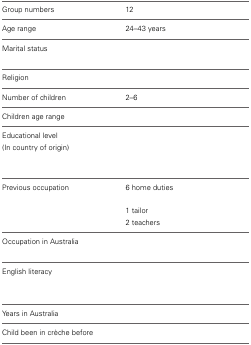
<table><thead><tr><td><b>Group numbers</b></td><td><b>12</b></td><td>[EMPTY_CELL]</td></tr></thead><tbody><tr><td>Age range</td><td>24–43 years</td><td>[EMPTY_CELL]</td></tr><tr><td>Marital status</td><td>[EMPTY_CELL]</td><td>[EMPTY_CELL]</td></tr><tr><td>Religion</td><td>[EMPTY_CELL]</td><td>[EMPTY_CELL]</td></tr><tr><td>Number of children</td><td>2–6</td><td>[EMPTY_CELL]</td></tr><tr><td>Children age range</td><td>[EMPTY_CELL]</td><td>[EMPTY_CELL]</td></tr><tr><td>Educational level</td><td>[EMPTY_CELL]</td><td>[EMPTY_CELL]</td></tr><tr><td>(In country of origin)</td><td>[EMPTY_CELL]</td><td>[EMPTY_CELL]</td></tr><tr><td>Previous occupation</td><td>6 home duties</td><td>[EMPTY_CELL]</td></tr><tr><td>[EMPTY_CELL]</td><td>[EMPTY_CELL]</td><td>[EMPTY_CELL]</td></tr><tr><td>[EMPTY_CELL]</td><td>1 tailor</td><td>[EMPTY_CELL]</td></tr><tr><td>[EMPTY_CELL]</td><td>2 teachers</td><td>[EMPTY_CELL]</td></tr><tr><td>Occupation in Australia</td><td>[EMPTY_CELL]</td><td>[EMPTY_CELL]</td></tr><tr><td>English literacy</td><td>[EMPTY_CELL]</td><td>[EMPTY_CELL]</td></tr><tr><td>[EMPTY_CELL]</td><td>[EMPTY_CELL]</td><td>[EMPTY_CELL]</td></tr><tr><td>[EMPTY_CELL]</td><td>[EMPTY_CELL]</td><td>[EMPTY_CELL]</td></tr><tr><td>Years in Australia</td><td>[EMPTY_CELL]</td><td>[EMPTY_CELL]</td></tr><tr><td>Child been in crèche before</td><td>[EMPTY_CELL]</td><td>[EMPTY_CELL]</td></tr></tbody></table>